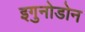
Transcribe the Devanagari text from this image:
इगुनोडोन